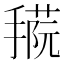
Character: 𢴝